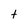
Character: t